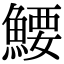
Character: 𬵜